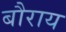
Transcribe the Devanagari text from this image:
बौराय